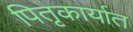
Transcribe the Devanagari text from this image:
पितृकार्यात